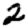
Digit: 2